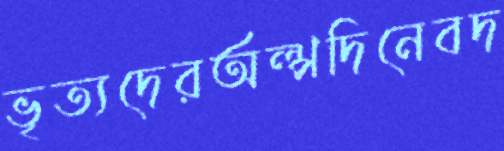
ভৃত্যদেরঅল্পদিনেবদ